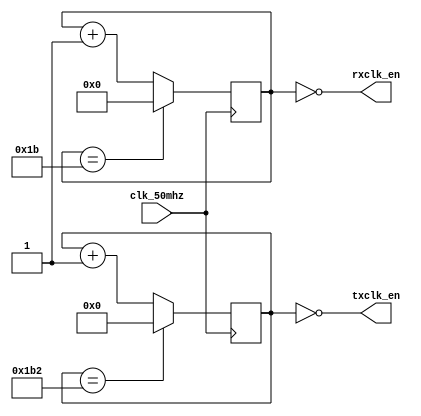

// THIS BUAD RATE GENERATOR DIVIDES THE 50MHZ CLOCK INTO A BAUD OF 115200.
// AND THE RX/TX CLOCK IS OVERSAMPLED 16x AS RX CLOCK ENABLE.

module baud_rate
        (input wire clk_50mhz,
		     output wire rxclk_en,
		     output wire txclk_en);

parameter RX_MAX = 50000000 / (115200 * 16);   // 50MHZ TO 115200 BAUD
parameter TX_MAX = 50000000 / 115200;

parameter RX_WIDTH = $clog2(RX_MAX);  // CEILING OF BASE LOG 2 TO CALCULATE NO. OF BITS REQUIRED
parameter TX_WIDTH = $clog2(TX_MAX);

reg [RX_WIDTH - 1:0] rx_acc = 0;
reg [TX_WIDTH - 1:0] tx_acc = 0;

assign rxclk_en = (rx_acc == 5'd0);
assign txclk_en = (tx_acc == 9'd0);

always @(posedge clk_50mhz) begin
	if (rx_acc == RX_MAX[RX_WIDTH - 1:0])
		rx_acc <= 0;
	else
		rx_acc <= rx_acc + 5'b1;
end

always @(posedge clk_50mhz) begin
	if (tx_acc == TX_MAX[TX_WIDTH - 1:0])
		tx_acc <= 0;
	else
		tx_acc <= tx_acc + 9'b1;
end

endmodule